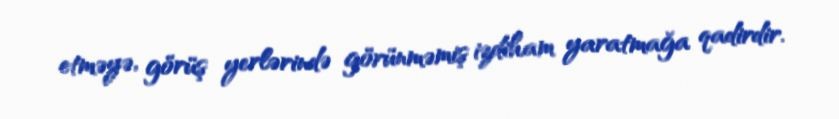
etməyə, görüş yerlərində görünməmiş izdiham yaratmağa qadirdir.